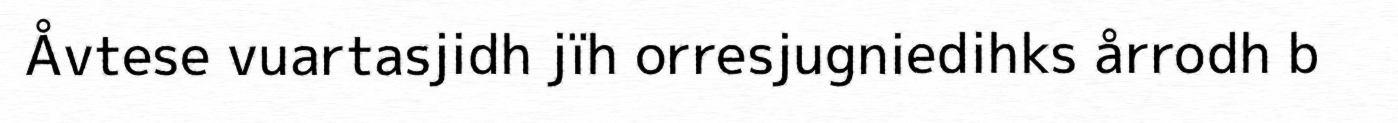
Åvtese vuartasjidh jïh orresjugniedihks årrodh b